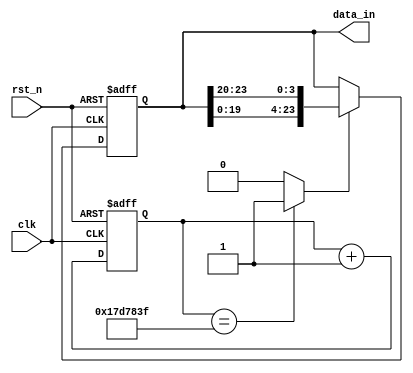
// module data_gen (clk_1,rst_n,data_in);

// 	input clk_1;    // Clock
// 	input rst_n;  // Asynchronous reset active low
	
// 	// reg [23:0] data_in = 24'b0000_0001_0010_0011_0100_0101;
// 	output reg [23:0] data_in;

// 	// reg [3:0] temp;
// 	// reg [23:0] data_in_temmp;

// always @ (posedge clk_1 or negedge rst_n)
// 	begin
// 		if(~rst_n) 
// 			begin
// 				// data_in_temmp <= data_in;
// 				// // seg <= 8'd0;
// 				data_in <= 24'b0000_0001_0010_0011_0100_0101;
// 			end 
// 		else 
// 			begin
// 				// data_in <= {data_in[3:0],data_in[23:4]};  //
// 				data_in <= {data_in[19:0],data_in[23:20]};  //
// 			end
// 	end

// endmodule



//

module data_gen (
	input clk,    // Clock
	input rst_n,  // Asynchronous reset active low
	output reg [23:0]data_in
);


parameter [31:0]cnt_num = 32'd24999999;
reg [31:0]cnt;

always @(posedge clk or negedge rst_n) 
	begin : proc_
		if(~rst_n) 
		begin
			cnt <= 0;
		end 
		else 
		begin
			cnt <= cnt + 1;
		end
	end


assign flag = (cnt == cnt_num)? 1'b1: 1'b0;   // 1s flag

always @(posedge clk or negedge rst_n)
	begin
		if(~rst_n) 
			begin
				// data_in_temmp <= data_in;
				// // seg <= 8'd0;
				data_in <= 24'h012345;
			end 
		else 
			begin
				if(flag)
					begin
						data_in <= {data_in[19:0],data_in[23:20]};  //
					end
				else
					begin
						data_in <= data_in;
					end
			end
	end

endmodule